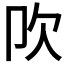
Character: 𣢀